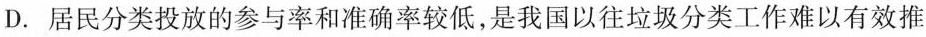
D.居民分类投放的参与率和准确率较低，是我国以往垃圾分类工作难以有效推